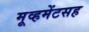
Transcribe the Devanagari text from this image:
मूव्हमेंटसह